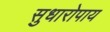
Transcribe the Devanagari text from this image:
सुधारोपाय